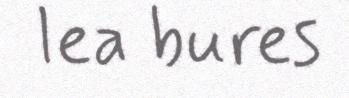
lea bures